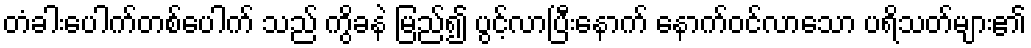
တံခါးပေါက်တစ်ပေါက် သည် ကွိခနဲ မြည်၍ ပွင့်လာပြီးနောက် နောက်ဝင်လာသော ပရိသတ်များ၏